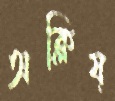
অক্লিষ্